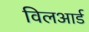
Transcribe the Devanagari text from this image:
विलआर्ड